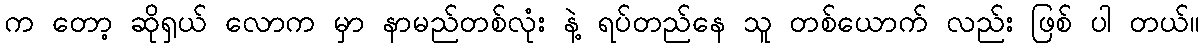
က တော့ ဆိုရှယ် လောက မှာ နာမည်တစ်လုံး နဲ့ ရပ်တည်နေ သူ တစ်ယောက် လည်း ဖြစ် ပါ တယ်။